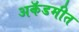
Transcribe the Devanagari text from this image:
अकॅडमीत